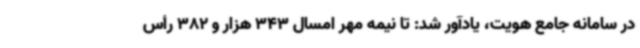
در سامانه جامع هویت، یادآور شد: تا نیمه مهر امسال 343 هزار و 382 رأس